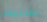
تشتيت